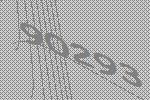
90293